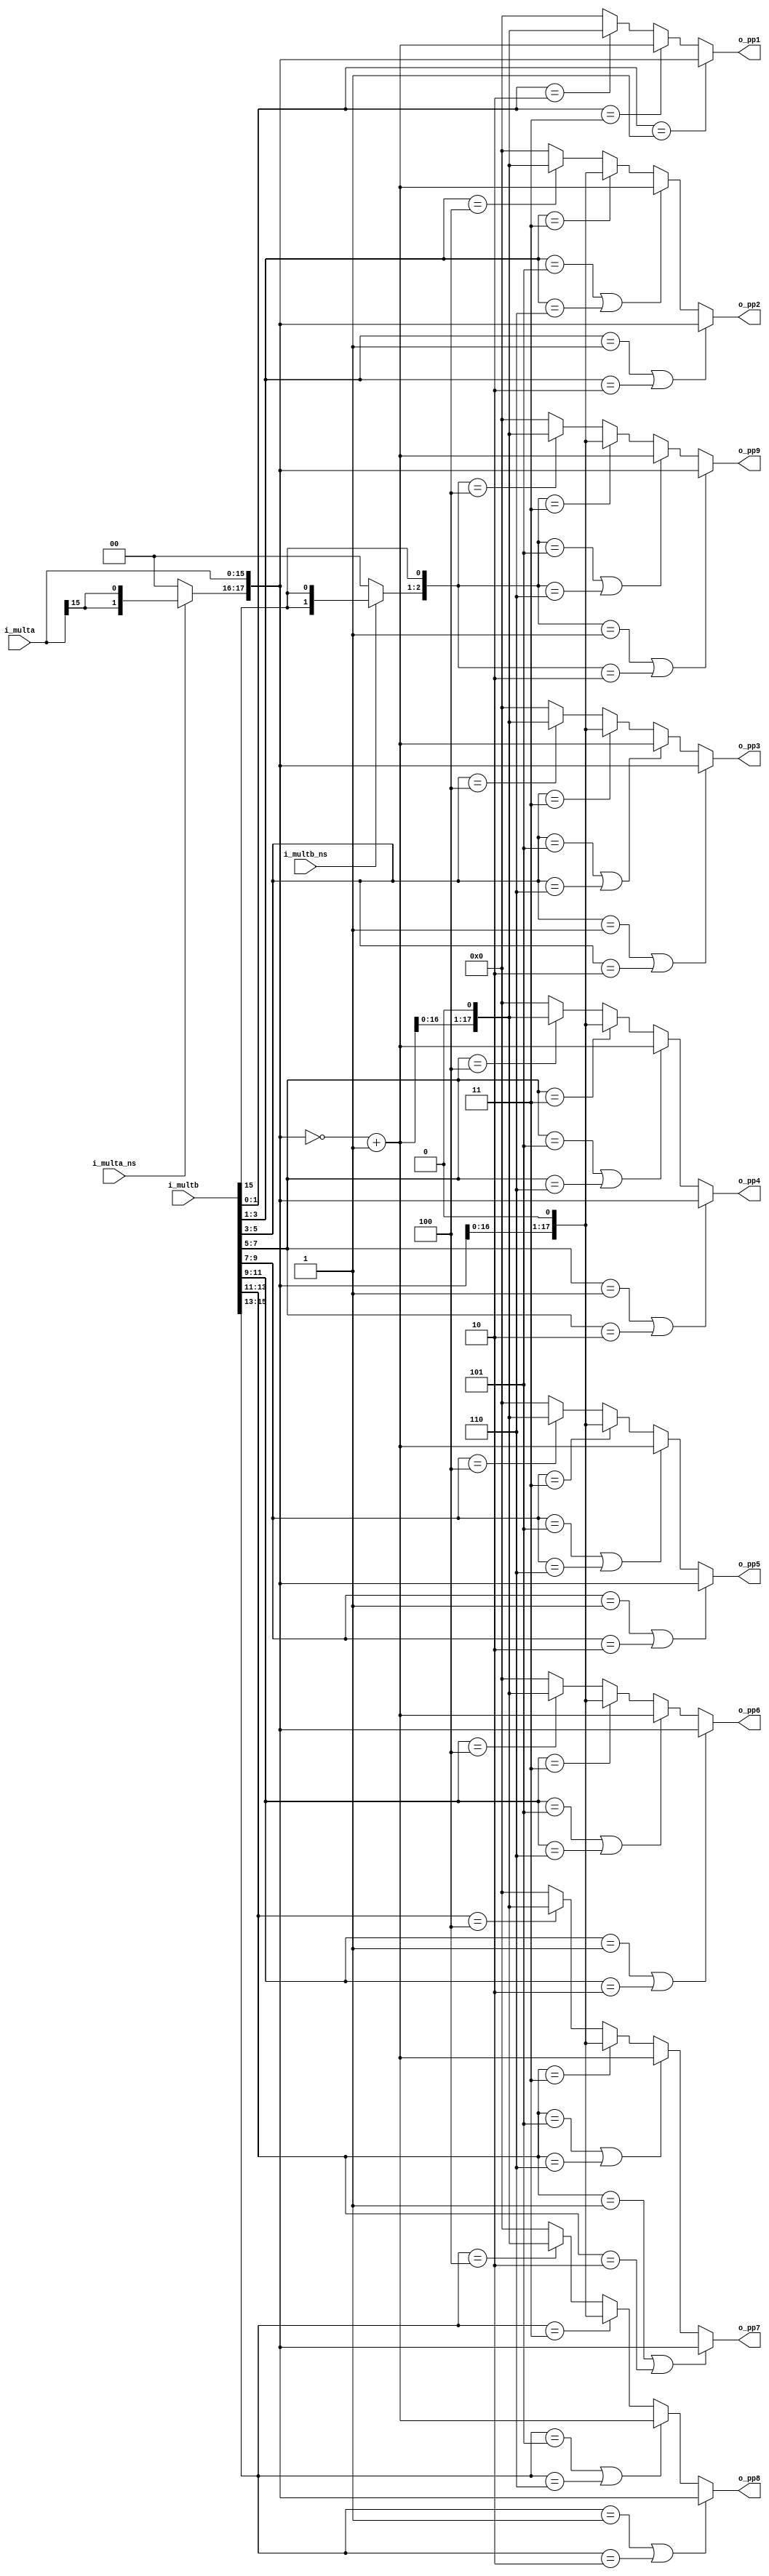
/*****************************************************
*  
*  Last Modify : 2019-07-30
*  Purpose     : Booth Radix-4 algorithm, for 16bx16b
*
*****************************************************/

`timescale 1ns/1ps

module booth_r4_16x16 
(
  input  wire        i_multa_ns, // 0-multa is unsigned, 1-multa is signed
  input  wire        i_multb_ns, // 0-multb is unsigned, 1-multb is signed
  input  wire [15:0] i_multa   , // Multiplicand
  input  wire [15:0] i_multb   , // Multipler
  output wire [17:0] o_pp1     , // partial products
  output wire [17:0] o_pp2     ,
  output wire [17:0] o_pp3     ,
  output wire [17:0] o_pp4     ,
  output wire [17:0] o_pp5     ,
  output wire [17:0] o_pp6     ,
  output wire [17:0] o_pp7     ,
  output wire [17:0] o_pp8     ,
  output wire [17:0] o_pp9 
);

// sign bit extend, for unsigned operator extended by 0, for signed operator extended by orignal sign bit
wire [1:0] sig_exta = ~i_multa_ns ? 2'b00 : {2{i_multa[15]}};
wire [1:0] sig_extb = ~i_multb_ns ? 2'b00 : {2{i_multb[15]}};

// generat -x, -2x, 2x for Booth encoding
wire [17:0] x     =  {sig_exta, i_multa};
wire [17:0] x_c   = ~x + 1;    // -x, complement code of x
wire [17:0] xm2   =  x << 1;   // 2*x
wire [17:0] x_cm2 =  x_c << 1; // -2*x

//        18 17         [16 15 14 13 12 11 10 9 8 7 6 5 4 3 2 1]     0  
//        |---|          |------------------------------------|      |
// extended sign bits              orignal operator             appended bit for encoding
wire [18:0] y     =  {sig_extb, i_multb, 1'b0};

// calculating partial product based on Booth Radix-4 encoding
wire [17:0] pp[8:0];
generate
  genvar i;
  for(i=0; i<18; i=i+2) begin : GEN_PP
    assign pp[i/2] = (y[i+2:i] == 3'b001 || y[i+2:i] == 3'b010) ? x     :
                     (y[i+2:i] == 3'b101 || y[i+2:i] == 3'b110) ? x_c   :
        	     (y[i+2:i] == 3'b011                      ) ? xm2   :
        	     (y[i+2:i] == 3'b100                      ) ? x_cm2 : 18'b0;
  end
endgenerate
assign o_pp1   = pp[0];
assign o_pp2   = pp[1];
assign o_pp3   = pp[2];
assign o_pp4   = pp[3];
assign o_pp5   = pp[4];
assign o_pp6   = pp[5];
assign o_pp7   = pp[6];
assign o_pp8   = pp[7];
assign o_pp9   = pp[8];

endmodule